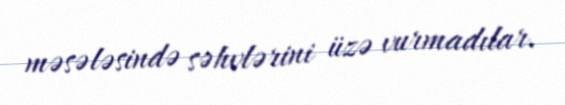
məsələsində səhvlərini üzə vurmadılar.